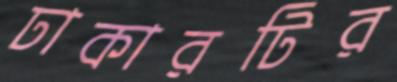
ঢাকারটির